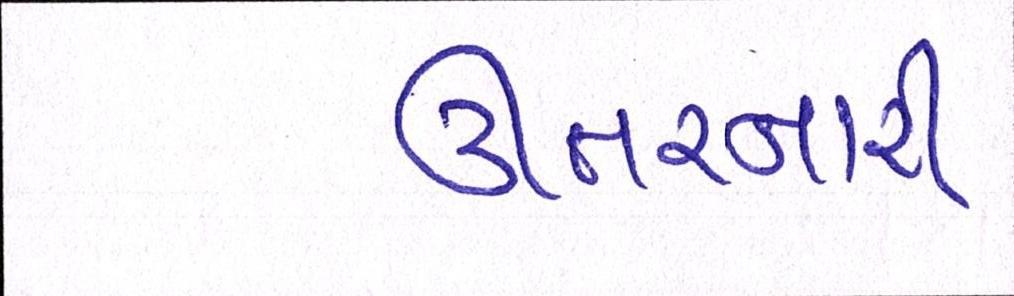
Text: ઊતરનારી